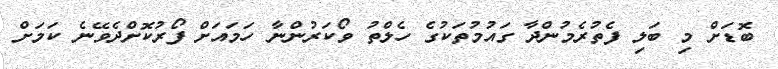
ބޮޑަށް މި ބަލި ފެތުރެމުންދާ ގައުމުތަކުގެ ހެލްތު ވޯކަރުންނާ ހަމައަށް ފޯރުކޮށްދެވޭނެ ކަމަށް